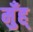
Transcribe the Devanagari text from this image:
मुँह्